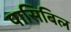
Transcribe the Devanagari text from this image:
पासिबिल